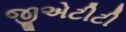
જીએટીટી